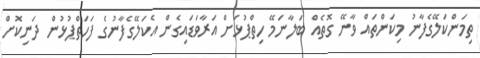
ތިމަންކަލޭގެފާނު މިކަންތައް ވާނޭ ގޮތެއް ބަލާނަމޭ ހިތްޕުޅަށް އަރާވަޑައިގެން އެކަލޭގެފާނުގެ ފަހަތްޕުޅުން ދަނިކޮށް